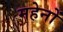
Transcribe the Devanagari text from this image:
महेनों